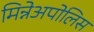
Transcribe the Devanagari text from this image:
मिन्नेअपोलिस